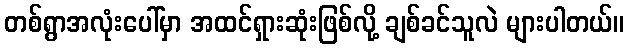
တစ်ရွာအလုံးပေါ်မှာ အထင်ရှားဆုံးဖြစ်လို့ ချစ်ခင်သူလဲ များပါတယ်။